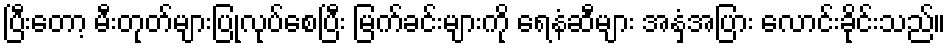
ပြီးတော့ မီးတုတ်များပြုလုပ်စေပြီး မြက်ခင်းများကို ရေနံဆီများ အနှံ့အပြား လောင်းခိုင်းသည်။